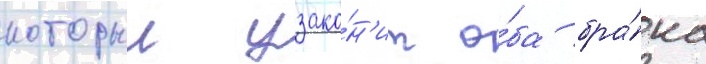
которыи узако́н'ит о́ба бра́ка